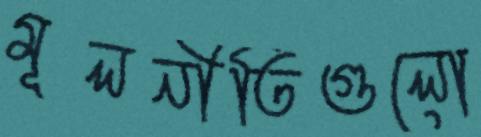
মূলনীতিগুলো